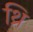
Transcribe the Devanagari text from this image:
थ्रि